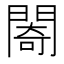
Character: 𨵤